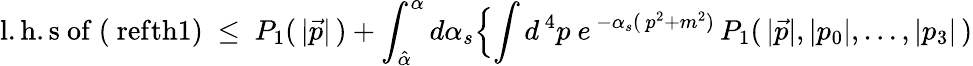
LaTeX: \mathrm{l.h.s\ of\ (\ ref{th1})}\ \leq\ P_{1}(\, \vert\vec{p}\vert\, )+\int_{\hat{\alpha}}^{\alpha}d\alpha_{s}\Bigl\{ \int d^{\, 4}p\ e^{\, -\alpha_{s}(\, p^{2}+m^{2})}\, P_{1}(\, \vert\vec{p}\vert,\vert p_{0}\vert,\ldots,\vert p_{3}\vert\, )